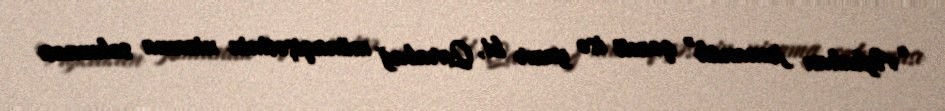
“Aykakan jamanak” qəzeti isə yazır ki, Qarabağ münaqişəsinin nizama salınması